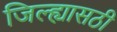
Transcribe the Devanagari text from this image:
जिल्ह्यासठी